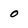
Character: o